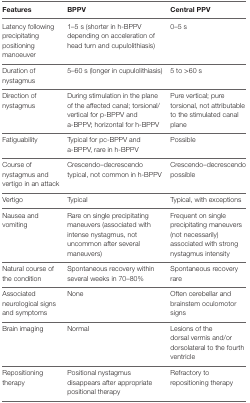
| Features | BPPV | Central PPV |
 | --- | --- | --- |
 | Latency following precipitating positioning manoeuver | 1–5 s (shorter in h-BPPV depending on acceleration of head turn and cupulolithiasis) | 0–5 s |
 | Duration of nystagmus | 5–60 s (longer in cupulolithiasis) | 5 to >60 s |
 | Direction of nystagmus | During stimulation in the plane of the affected canal; torsional/vertical for p-BPPV and a-BPPV; horizontal for h-BPPV | Pure vertical; pure torsional, not attributable to the stimulated canal plane |
 | Fatiguability | Typical for pc-BPPV and a-BPPV, rare in h-BPPV | Possible |
 | Course of nystagmus and vertigo in an attack | Crescendo–decrescendo typical, not common in h-BPPV | Crescendo–decrescendo possible |
 | Vertigo | Typical | Typical, with exceptions |
 | Nausea and vomiting | Rare on single precipitating maneuvers (associated with intense nystagmus, not uncommon after several maneuvers) | Frequent on single precipitating maneuvers (not necessarily) associated with strong nystagmus intensity |
 | Natural course of the condition | Spontaneous recovery within several weeks in 70–80% | Spontaneous recovery rare |
 | Associated neurological signs and symptoms | None | Often cerebellar and brainstem oculomotor signs |
 | Brain imaging | Normal | Lesions of the dorsal vermis and/or dorsolateral to the fourth ventricle |
 | Repositioning therapy | Positional nystagmus disappears after appropriate positional therapy | Refractory to repositioning therapy |